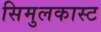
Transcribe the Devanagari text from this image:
सिमुलकास्ट